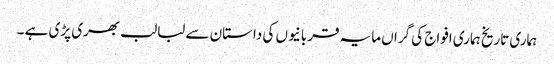
ہماری تاریخ ہماری افواج کی گراں مایہ قربانیوں کی داستان سے لبالب بھری پڑی ہے ۔